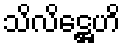
သိလိဋ္ဌေဟိ